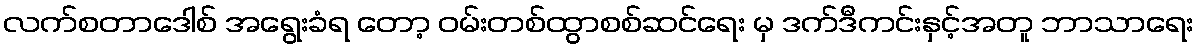
လက်စတာဒေါစ် အရွေးခံရ တော့ ဝမ်းတစ်ထွာစစ်ဆင်ရေး မှ ဒက်ဒီကင်းနှင့်အတူ ဘာသာရေး